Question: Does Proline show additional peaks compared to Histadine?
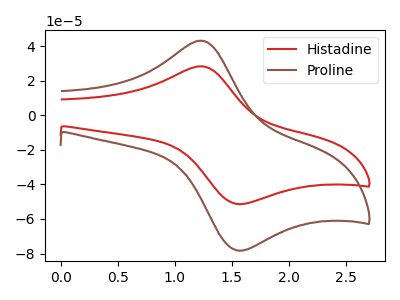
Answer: <think>The red curve "Histadine" has an anodic peak at (1.20V, 28.35uA) and a cathodic peak at (1.55V, -51.30uA). The brown curve "Proline" has an anodic peak at (1.20V, 43.20uA) and a cathodic peak at (1.55V, -78.15uA).
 All the peaks in "Proline" have a peak in "Histadine" at the same potential. Every peak in "Proline" is higher than every peak in "Histadine".</think>
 <answer>No, "Proline" and "Histadine" don't appear to be significantly different in shape</answer>
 <eval>no_change</eval>